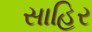
સાહિર